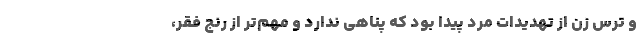
و ترس زن از تهدیدات مرد پیدا بود که پناهی ندارد و مهم‌تر از رنج فقر،